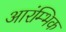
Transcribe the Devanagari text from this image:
आरंम्भिक